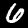
Digit: 6